Madras plague regulations in force outside the Presidency town - Volume 3
Disease focus: Plague
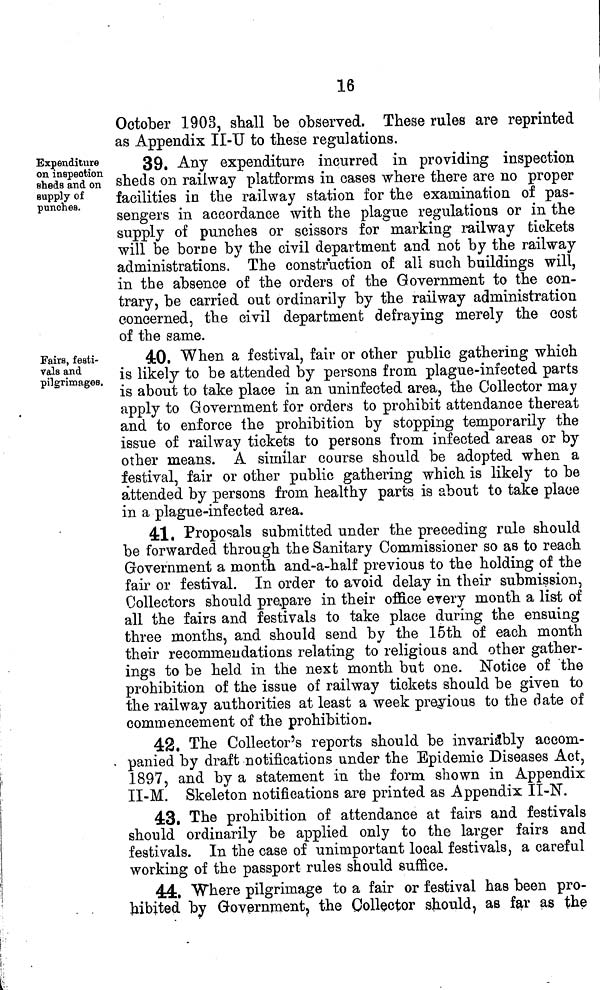
16
October 1903, shall be observed. These rules are reprinted
as Appendix II-U to these regulations.
Expenditure
on inspection
sheds and on
supply of
punches.
39. Any expenditure incurred in providing inspection
sheds on railway platforms in cases where there are no proper
facilities in the railway station for the examination of pas-
sengers in accordance with the plague regulations or in the
supply of punches or scissors for marking railway tickets
will be borne by the civil department and not by the railway
administrations. The construction of all such buildings will,
in the absence of the orders of the Government to the con-
trary, be carried out ordinarily by the railway administration
concerned, the civil department defraying merely the cost
of the same.
Fairs, festi-
vals and
pilgrimages.
40. When a festival, fair or other public gathering which
is likely to be attended by persons from plague-infected parts
is about to take place in an uninfected area, the Collector may
apply to Government for orders to prohibit attendance thereat
and to enforce the prohibition by stopping temporarily the
issue of railway tickets to persons from infected areas or by
other means. A similar course should be adopted when a
festival, fair or other public gathering which is likely to be
attended by persons from healthy parts is about to take place
in a plague-infected area.
41. Proposals submitted under the preceding rule should
be forwarded through the Sanitary Commissioner so as to reach
Government a month and-a-half previous to the holding of the
fair or festival. In order to avoid delay in their submission,
Collectors should prepare in their office every month a list of
all the fairs and festivals to take place during the ensuing
three months, and should send by the 15th of each month
their recommendations relating to religious and other gather-
ings to be held in the next month but one. Notice of the
prohibition of the issue of railway tickets should be given to
the railway authorities at least a week previous to the date of
commencement of the prohibition.
42. The Collector's reports should be invariably accom-
. panied by draft notifications under the Epidemic Diseases Act,
1897, and by a statement in the form shown in Appendix
II-M. Skeleton notifications are printed as Appendix II-N.
43. The prohibition of attendance at fairs and festivals
should ordinarily be applied only to the larger fairs and
festivals. In the case of unimportant local festivals, a careful
working of the passport rules should suffice.
44. Where pilgrimage to a fair or festival has been pro-
hibited by Government, the Collector should, as far as the